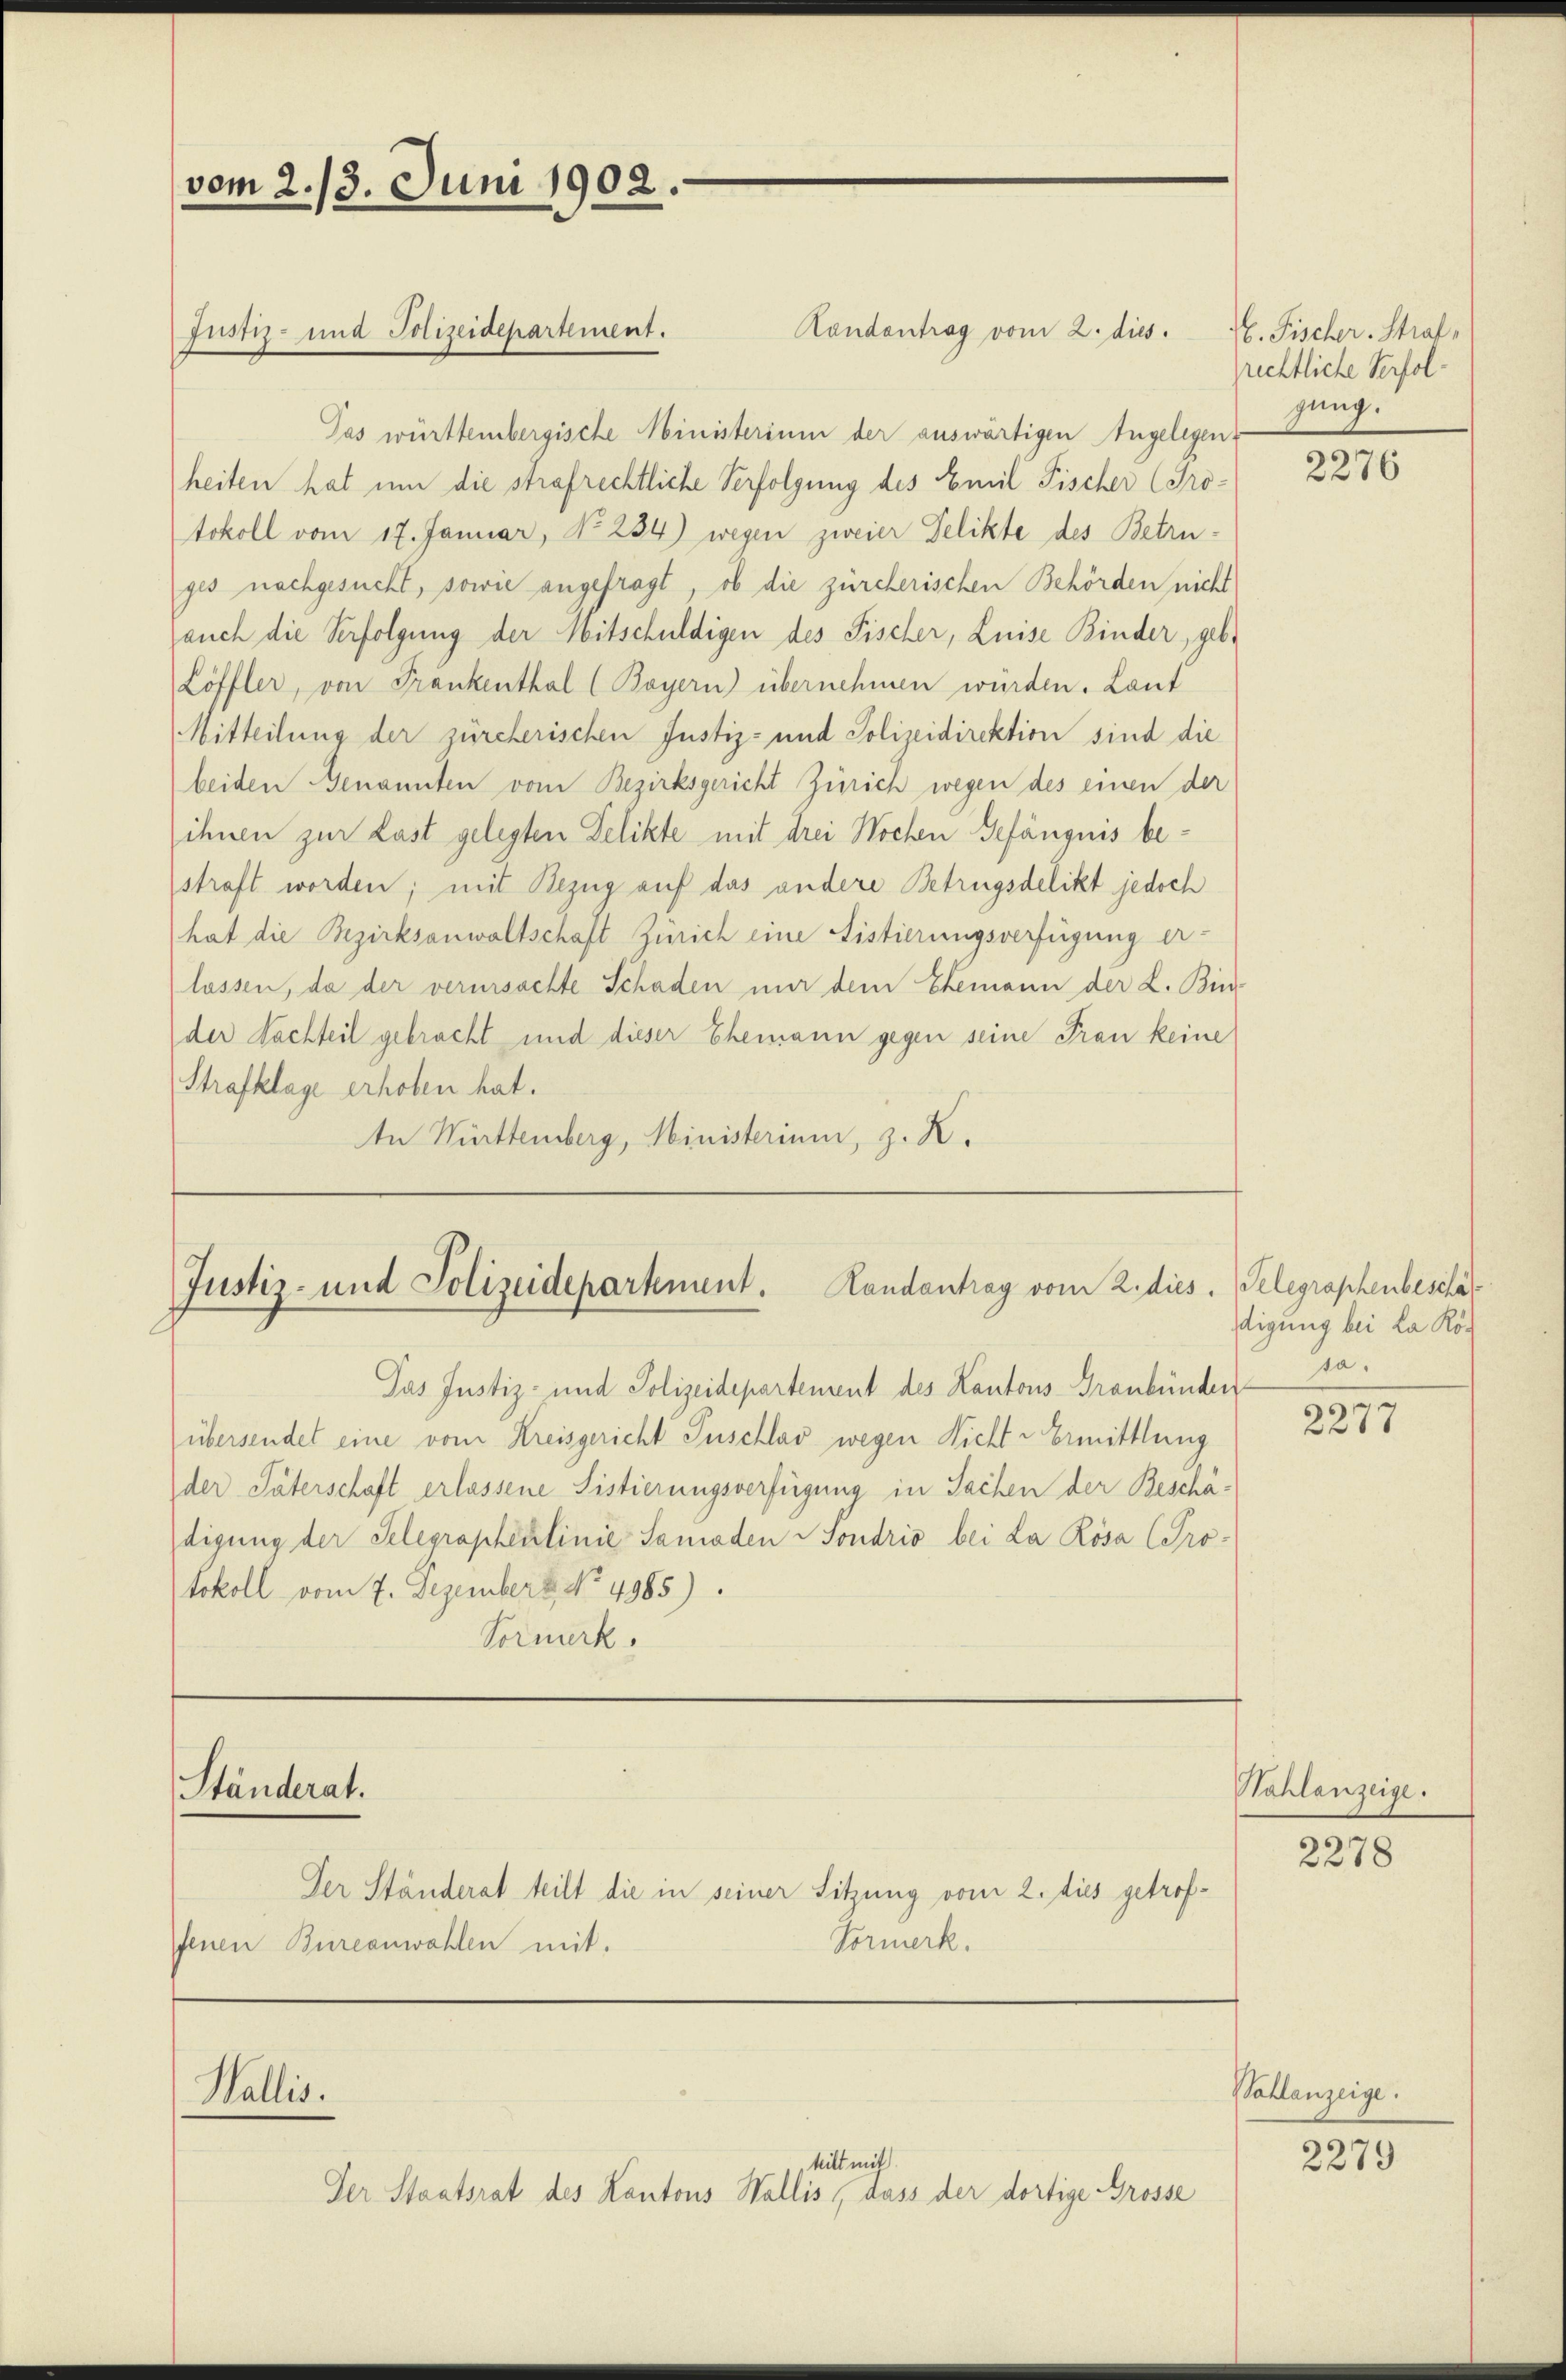
vom 2. 13. Juni 1902.
Justiz- und Polizeidepartement.

Randantrag vom 2. dies
Pas württembergische Ministerium der auswärtigen Angelegen
heiten hat um die strafrechtliche Verfolgung des Emil Fischer (Protokoll vom 17. Januar, No. 284) wegen zweier Pelikte des Betruges nachgesucht, sowie angefragt, ob die zürcherischen Behörden nicht
auch die Verfolgung der Mitschuldigen des Fischer, Luise Binder, geb.
Löffler, von Frankenthal (Bayern) übernehmen wurden. Laut
Mitteilung der zürcherischen Justiz- und Polizeidirektion sind die
beiden Genannten vom Bezirksgericht Zürich wegen des einen der
ihnen zur Last gelegten Delikte mit drei Wochen Gefängnis bestraft worden; mit Bezug auf das andere Betrügsdelikt jedoch
hat die Bezirksanwaltschaft Zürich eine Fistierungsverfügung erlassen, da der verursachte Schaden nur dem Ehemann der L. Bin-
der Nachteil gebracht und dieser Ehemann gegen seine Frau keine
Strafklage erhoben hat.
In Württemberg, Ministerium, z. K.

Justiz- und Polizeidepartement. Landantrag vom 2. dies

Ständerat.

Wallis.

Das Justiz- und Polizeidepartement des Kantons Graubünden
übersendet eine vom Kreisgericht Puschlav wegen Nicht - Ermittlung
der Väterschaft erlassene Sistierungsverfügung in Sachen der Beschädigung der Selegraphenlinie Samaden Sondrio bei La Rosa (Protokoll vom 7. Dezemberg No. 4985).
Vormerk.

Der Ständerat teilt die in seiner Sitzung vom 2. dies getrof¬
Vormerk.
fenen Bureanwahlen mit.

teilt mit
Der Staatsrat des Kantons Wallis, dass der dortige Grosse

E. Fischer Straf,
rechtliche Verfolgung.

2276

Telegraphenbeschätdigung bei La Kösa.

2277

Hahlanzeige.

2278

Kahlanzeige.

2279